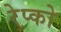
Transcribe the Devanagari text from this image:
रेप्को